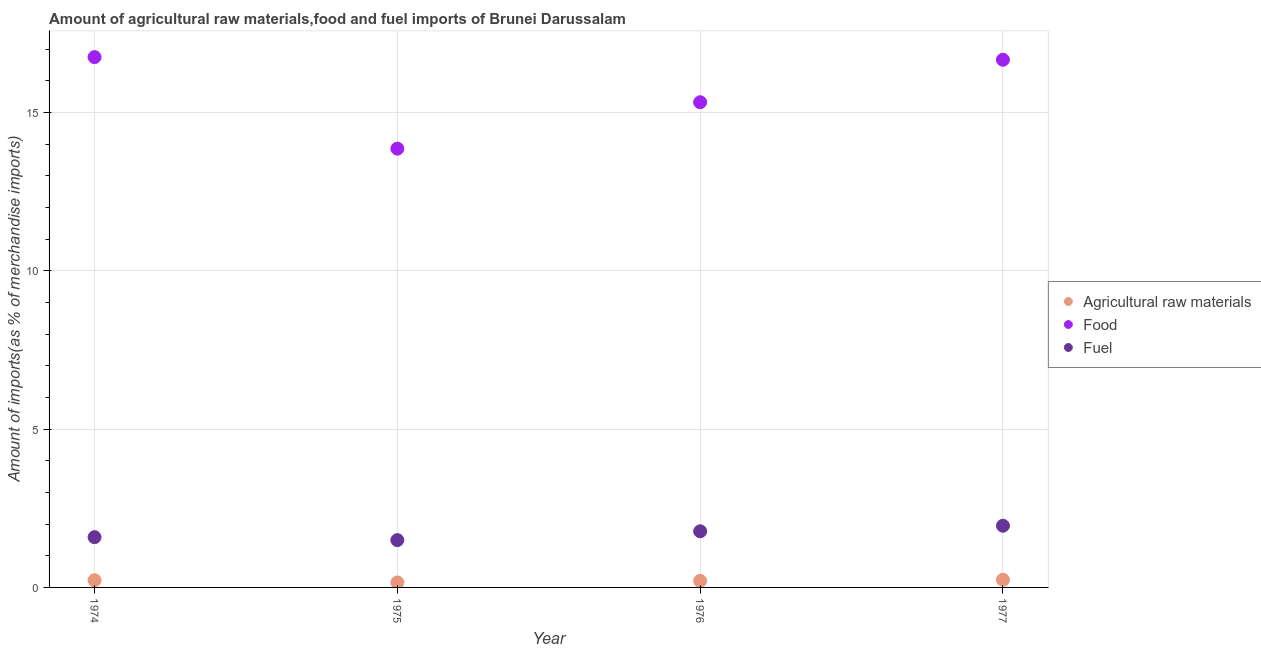
| Year | Agricultural raw materials | Food | Fuel |
 | --- | --- | --- | --- |
 | 1974 | 0.228 | 16.8 | 1.59 |
 | 1975 | 0.157 | 13.9 | 1.49 |
 | 1976 | 0.208 | 15.3 | 1.77 |
 | 1977 | 0.244 | 16.7 | 1.95 |